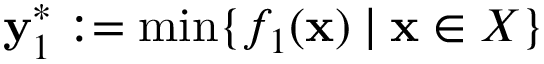
\mathbf { y } _ { 1 } ^ { * } : = \operatorname* { m i n } \{ f _ { 1 } ( \mathbf { x } ) \mid \mathbf { x } \in X \}